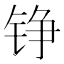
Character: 铮